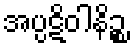
အပ္ပဋိဝါနိဉ္စ